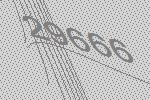
29666